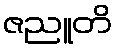
ဇညူတိ